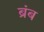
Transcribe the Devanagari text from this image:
ब्रंब